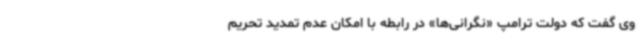
وی گفت که دولت ترامپ «نگرانی‌ها» در رابطه با امکان عدم تمدید تحریم